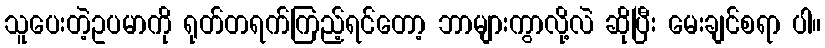
သူပေးတဲ့ဥပမာကို ရုတ်တရက်ကြည့်ရင်တော့ ဘာများကွာလို့လဲ ဆိုပြီး မေးချင်စရာ ပါ။